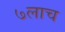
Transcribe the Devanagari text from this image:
७लाच